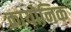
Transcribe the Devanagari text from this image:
क्रायोनिक